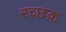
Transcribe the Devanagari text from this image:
रच्‍छक